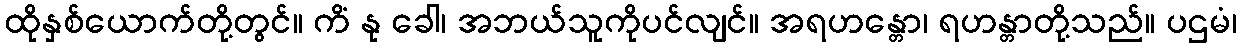
ထိုနှစ်ယောက်တို့တွင်။ ကိံ နု ခေါ၊ အဘယ်သူကိုပင်လျင်။ အရဟန္တော၊ ရဟန္တာတို့သည်။ ပဌမံ၊